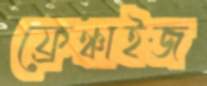
ফ্রেঞ্চাইজ